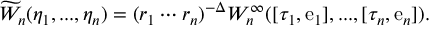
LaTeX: \widetilde { \cal W } _ { n } ( \eta _ { 1 } , . . . , \eta _ { n } ) = ( r _ { 1 } \cdots r _ { n } ) ^ { - \Delta } { \cal W } _ { n } ^ { \infty } ( [ \tau _ { 1 } , \mathrm { e } _ { 1 } ] , . . . , [ \tau _ { n } , \mathrm { e } _ { n } ] ) .